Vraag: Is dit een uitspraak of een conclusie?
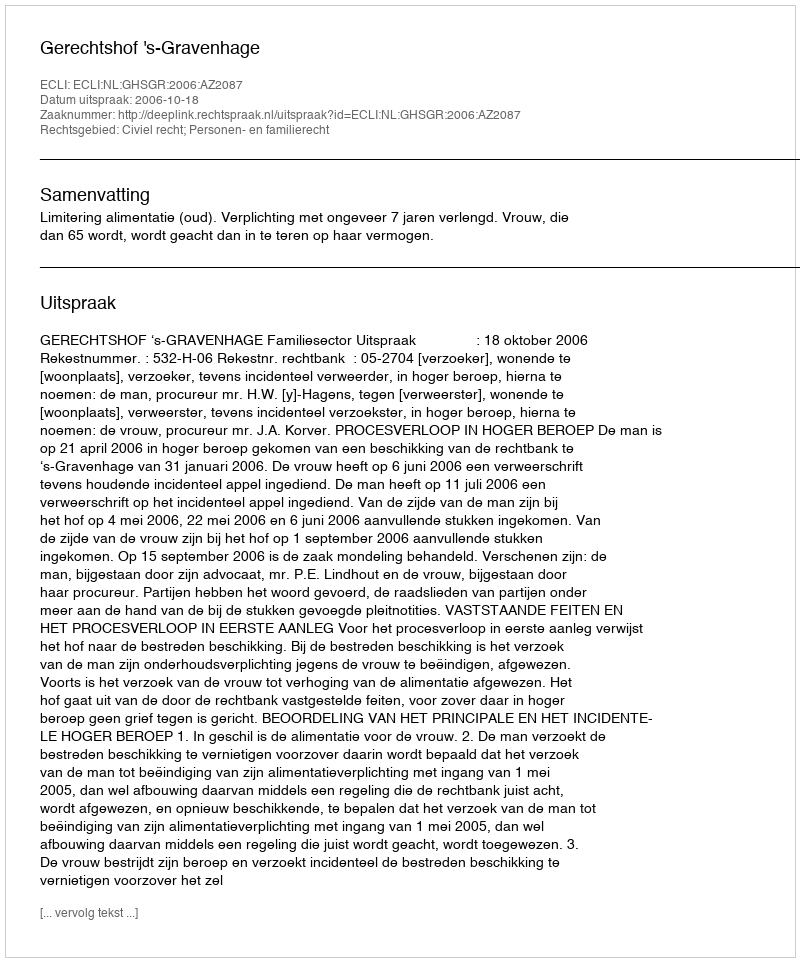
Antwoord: Uitspraak